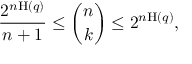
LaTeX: { \frac { 2 ^ { n \mathrm { H } ( q ) } } { n + 1 } } \leq { \binom { n } { k } } \leq 2 ^ { n \mathrm { H } ( q ) } ,